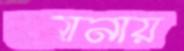
আনায়